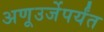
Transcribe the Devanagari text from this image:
अणूउर्जेपर्यंत